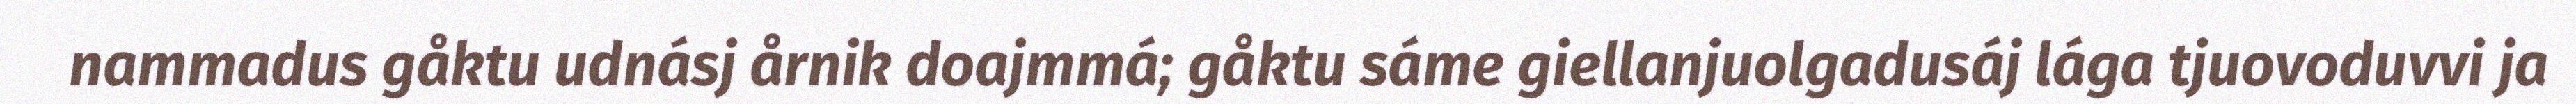
nammadus gåktu udnásj årnik doajmmá; gåktu sáme giellanjuolgadusáj lága tjuovoduvvi ja